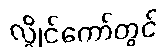
လွိုင်ကော်တွင်